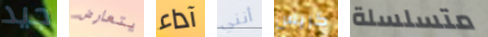
جيد يتعارض آداء أنني كريس متسلسلة